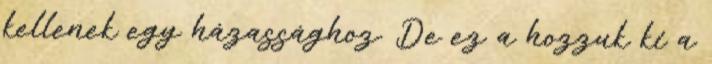
kellenek egy házassághoz. De ez a hozzuk ki a